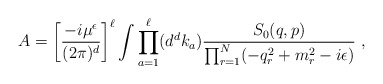
\begin{align*}A=\left[{-i\mu^\epsilon\over(2\pi )^{d}}\right]^{\ell }\int\prod _{a=1}^{\ell }(d^{d}k_{a}){S_{0}(q,p)\over\prod _{r=1}^{N}(-q_{r}^{2}+m_{r}^{2}-i\epsilon )}\ ,\end{align*}